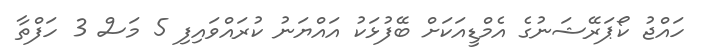
ހައްޖު ކޯޕަރޭޝަނުގެ އެމްޑީއަކަށް ބޭފުޅަކު އައްޔަނު ކުރައްވައިފި 5 މަސް 3 ހަފްތާ